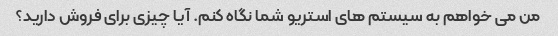
من می خواهم به سیستم های استریو شما نگاه کنم. آیا چیزی برای فروش دارید؟